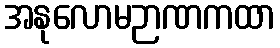
အနုလောမဉာဏကထာ